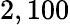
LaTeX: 2,100